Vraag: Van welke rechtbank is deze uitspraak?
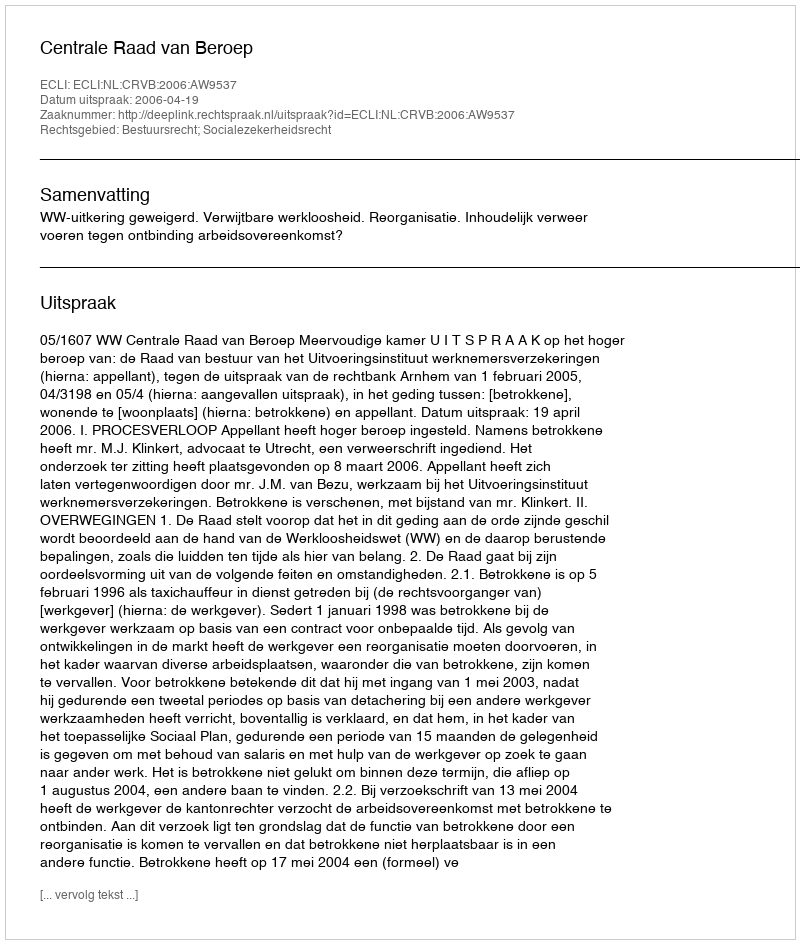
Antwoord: Centrale Raad van Beroep